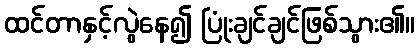
ထင်တာနှင့်လွဲနေ၍ ပြုံးချင်ချင်ဖြစ်သွား၏။